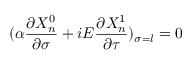
( \alpha \frac { \partial X _ { n } ^ { 0 } } { \partial \sigma } + i E \frac { \partial X _ { n } ^ { 1 } } { \partial \tau } ) _ { \sigma = l } = 0